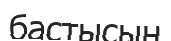
бастысын